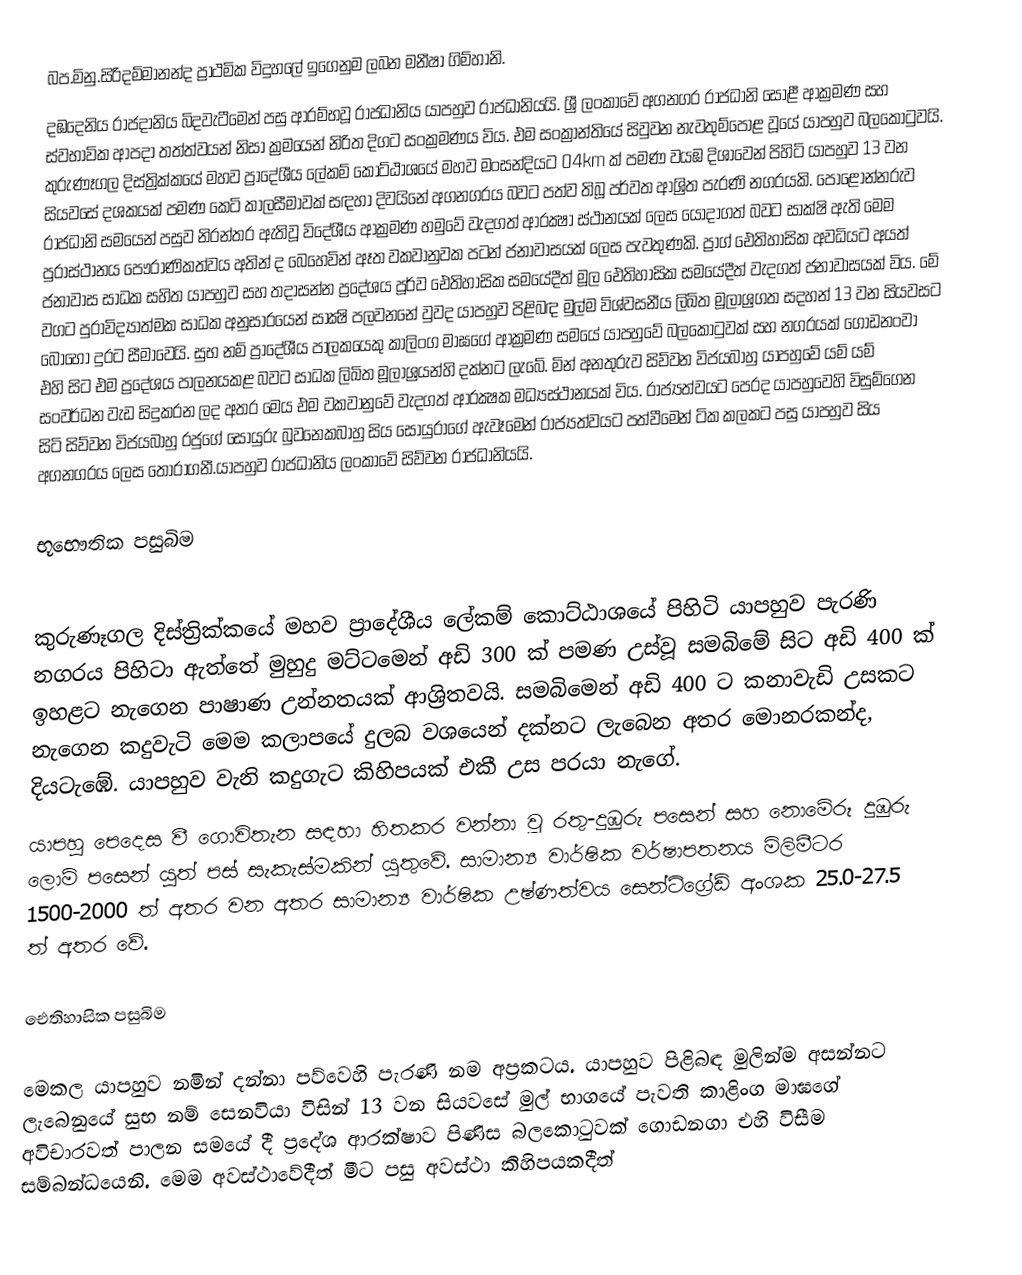
බප.මිනු.සිරිදම්මානන්ද ප්‍රාථමික විදුහලේ ඉගෙනුම ලබන මනීෂා ගිම්හානි.
දඹදෙනිය රාජදානිය බිදවැටීමෙන් පසු ආරම්භවූ රාජධානිය යාපහුව රාජධානියයි. ශ්‍රී ලංකාවේ අගනගර රාජධානි සොළී ආක්‍රමණ සහ ස්වභාවික ආපදා තත්ත්වයන් නිසා ක්‍රමයෙන් නිරිත දිගට සංක්‍රමණය විය. එම සංක්‍රාන්තියේ සිවුවන නැවතුම්පොළ වූයේ යාපහුව බලකොටුවයි. කුරුණෑගල දිස්ත්‍රික්කයේ මහව ප්‍රාදේශීය ලේකම් කොට්ඨාශයේ මහව මංසන්දියට 04km  ක් පමණ වයඹ දිශාවෙන් පිහිටි යාපහුව 13 වන සියවසේ දශකයක් පමණ කෙටි කාලසීමාවක් සඳහා දිවයිනේ අගනගරය බවට පත්ව තිබූ පර්වත ආශ්‍රිත පැරණි නගරයකි. පොළොන්නරුව රාජධානි සමයෙන් පසුව නිරන්තර ඇතිවූ විදේශීය ආක්‍රමණ හමුවේ වැදගත් ආරක්‍ෂා ස්ථානයක් ලෙස යොදාගත් බවට සාක්ෂි ඇති මෙම පුරාස්ථානය පෞරාණිකත්වය අතින් ද බෙහෙවින් ඈත වකවානුවක පටන් ජනාවාසයක් ලෙස පැවතුණකි. ප්‍රාග් ඓතිහාසික අවධියට අයත් ජනාවාස සාධක සහිත යාපහුව සහ තදාසන්න ප්‍රදේශය පූර්ව ඓතිහාසික සමයේදීත් මූල ඓතිහාසික සමයේදීත් වැදගත් ජනාවාසයක් විය. මේ වගට පුරාවිද්‍යාත්මක සාධක අනුසාරයෙන් සාක්‍ෂි පලවනනේ වුවද යාපහුව පිළිබඳ මුල්ම විශ්වසනීය ලිඛිත මූලාශ්‍රගත සදහන් 13 වන සියවසට බොහෝ දුරට සීමාවෙයි. සුභ නම් ප්‍රාදේශීය පාලකයෙකු කාලිංග මාඝගේ ආක්‍රමණ සමයේ යාපහුවේ බලකොටුවක් සහ නගරයක් ගොඩනංවා එහි සිට එම ප්‍රදේශය පාලනයකළ බවට සාධක ලිඛිත මූලාශ්‍රයන්හි දක්නට ලැබේ. මින් අනතුරුව සිව්වන විජයබාහු යාපහුවේ යම් යම් සංවර්ධන වැඩ සිදුකරන ලද අතර මෙය එම වකවානුවේ වැදගත් ආරක්‍ෂක මධ්‍යස්ථානයක් විය. රාජ්‍යත්වයට පෙරද යාපහුවෙහි විසුම්ගෙන සිටි සිව්වන විජයබාහු රජුගේ සොයුරු බුවනෙකබාහු සිය සොයුරාගේ ඇවෑමෙන් රාජ්‍යත්වයට පත්වීමෙන් ටික කලකට පසු යාපහුව සිය අගනගරය ලෙස තෝරාගනී.යාපහුව රාජධානිය ලංකාවේ සිව්වන රාජධානියයි.

භූභෞතික පසුබිම

කුරුණෑගල දිස්ත්‍රික්කයේ මහව ප්‍රාදේශීය ලේකම් කොට්ඨාශයේ පිහිටි යාපහුව පැරණි නගරය පිහිටා ඇත්තේ මුහුදු මට්ටමෙන් අඩි 300 ක් පමණ උස්වූ සමබිමේ සිට අඩි 400 ක් ඉහළට නැගෙන පාෂාණ උන්නතයක් ආශ්‍රිතවයි. සමබිමෙන් අඩි 400 ට කනාවැඩි උසකට නැගෙන කදුවැටි මෙම කලාපයේ දුලබ වශයෙන් දක්නට ලැබෙන අතර මොනරකන්ද, දියටැඹේ. යාපහුව වැනි කදුගැට කිහිපයක් එකී උස පරයා නැගේ.
යාපහු පෙදෙස වී ගොවිතැන සඳහා හිතකර වන්නා වූ රතු-දුඹුරු පසෙන් සහ නොමේරූ දුඹුරු ලොම් පසෙන් යුත් පස් සැකැස්මකින් යුතුවේ. සාමාන්‍ය වාර්ෂික වර්ෂාපතනය මිලිමීටර 1500-2000 ත් අතර වන අතර සාමාන්‍ය වාර්ෂික උෂ්ණත්වය සෙන්ටිග්‍රේඩ් අංශක 25.0-27.5 ත් අතර වේ.

ඓතිහාසික පසුබිම

මෙකල යාපහුව නමින් දන්නා පව්වෙහි පැරණි නම අප්‍රකටය. යාපහුව පිළිබඳ මුලින්ම අසන්නට ලැබෙනුයේ සුභ නම් සෙනවියා විසින් 13 වන සියවසේ මුල් භාගයේ පැවති කාළිංග මාඝගේ අවිචාරවත් පාලන සමයේ දී ප්‍රදේශ ආරක්ෂාව පිණිස බලකොටුවක් ගොඩනගා එහි විසීම සම්බන්ධයෙනි. මෙම අවස්ථාවේදීත් මීට පසු අවස්ථා කිහිපයකදීත්